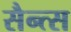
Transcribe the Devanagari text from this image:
सैन्त्स